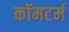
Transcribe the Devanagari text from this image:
कॉमटर्म